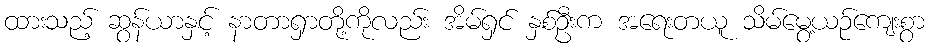
ထားသည့် ဆွန်ယာနှင့် နာတာရှာတို့ကိုလည်း အိမ်ရှင် နှစ်ဦးက အရေးတယူ သိမ်မွေ့ယဉ်ကျေးစွာ